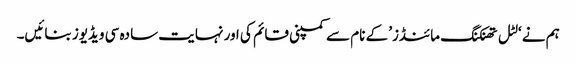
ہم نے ‘لٹل تھنکنگ مائنڈز’ کے نام سے کمپنی قائم کی اور نہایت سادہ سی ویڈیوز بنائیں۔